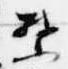
禁